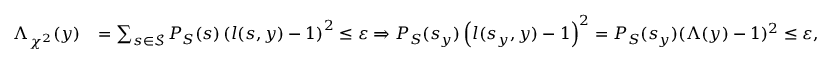
\begin{array} { r l } { \Lambda _ { \chi ^ { 2 } } ( y ) } & { = \sum _ { s \in \mathcal { S } } P _ { S } ( s ) \left( l ( s , y ) - 1 \right) ^ { 2 } \leq { \varepsilon } \Rightarrow P _ { S } ( { s _ { { y } } } ) \left( l ( s _ { y } , y ) - 1 \right) ^ { 2 } = P _ { S } ( s _ { y } ) ( \Lambda ( y ) - 1 ) ^ { 2 } \leq { \varepsilon } , } \end{array}